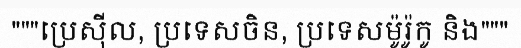
"""ប្រេស៊ីល, ប្រទេសចិន, ប្រទេសម៉ូរ៉ូកូ និង"""